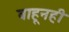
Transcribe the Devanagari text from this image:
वाहूनही